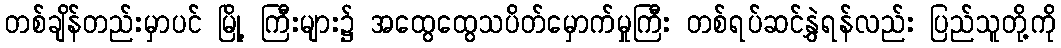
တစ်ချိန်တည်းမှာပင် မြို့ ကြီးများ၌ အထွေထွေသပိတ်မှောက်မှုကြီး တစ်ရပ်ဆင်နွှဲရန်လည်း ပြည်သူတို့ကို